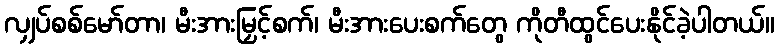
လျှပ်စစ်မော်တာ၊ မီးအားမြှင့်စက်၊ မီးအားပေးစက်တွေ ကိုတီထွင်ပေးနိုင်ခဲ့ပါတယ်။